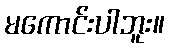
မကောင်းပါဘူး။